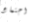
اجتماع